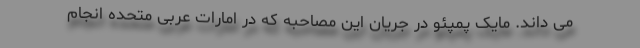
می داند. مایک پمپئو در جریان این مصاحبه که در امارات عربی متحده انجام